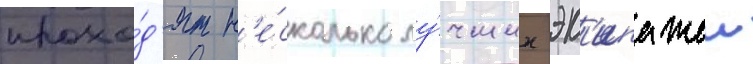
прохо́д'ят н'е́сколько лу́чших эк'ипажеи